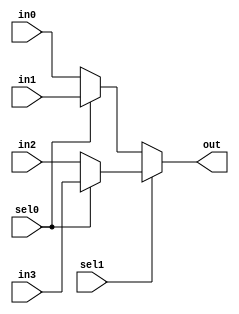
module mux_4x1 (out,in0,in1,in2,in3,sel1,sel0);
  output [31:0] out;
  input sel1,sel0;
  input [31:0] in3,in2,in1,in0;
  assign out=sel1?(sel0?in3:in2):(sel0?in1:in0);
endmodule